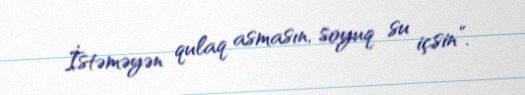
İstəməyən qulaq asmasın, soyuq su içsin”.